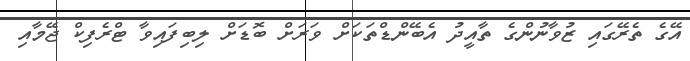
އޭގެ ތެރޭގައި ޒުވާނުންގެ ތާއީދު އެބޭންޑްތަކަށް ވަރަށް ބޮޑަށް ލިބިފައިވާ ޓްރެފިކް ޖޭމާއި